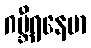
ဂမ္ဘီရနေမာ